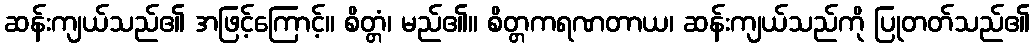
ဆန်းကျယ်သည်၏ အဖြင့်ကြောင့်။ စိတ္တံ၊ မည်၏။ စိတ္တကရဏတာယ၊ ဆန်းကျယ်သည်ကို ပြုတတ်သည်၏